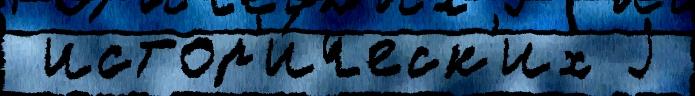
 истор'и́ческ'их j